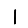
Digit: 1